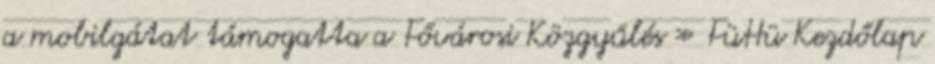
a mobilgátat támogatta a Fővárosi Közgyűlés » FüHü Kezdőlap